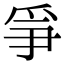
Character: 𤔇